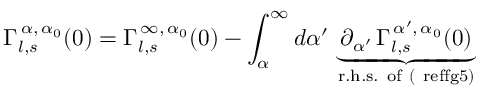
\Gamma _ { l , s } ^ { \, \alpha , \, \alpha _ { 0 } } ( 0 ) = \Gamma _ { l , s } ^ { \, \infty , \, \alpha _ { 0 } } ( 0 ) - \int _ { \alpha } ^ { \infty } d \alpha ^ { \prime } \, \underbrace { \, \partial _ { \alpha ^ { \prime } } \, \Gamma _ { l , s } ^ { \, \alpha ^ { \prime } , \, \alpha _ { 0 } } ( 0 ) \, } _ { \mathrm { r . h . s . ~ o f ~ ( \ r e f { f g 5 } ) } }